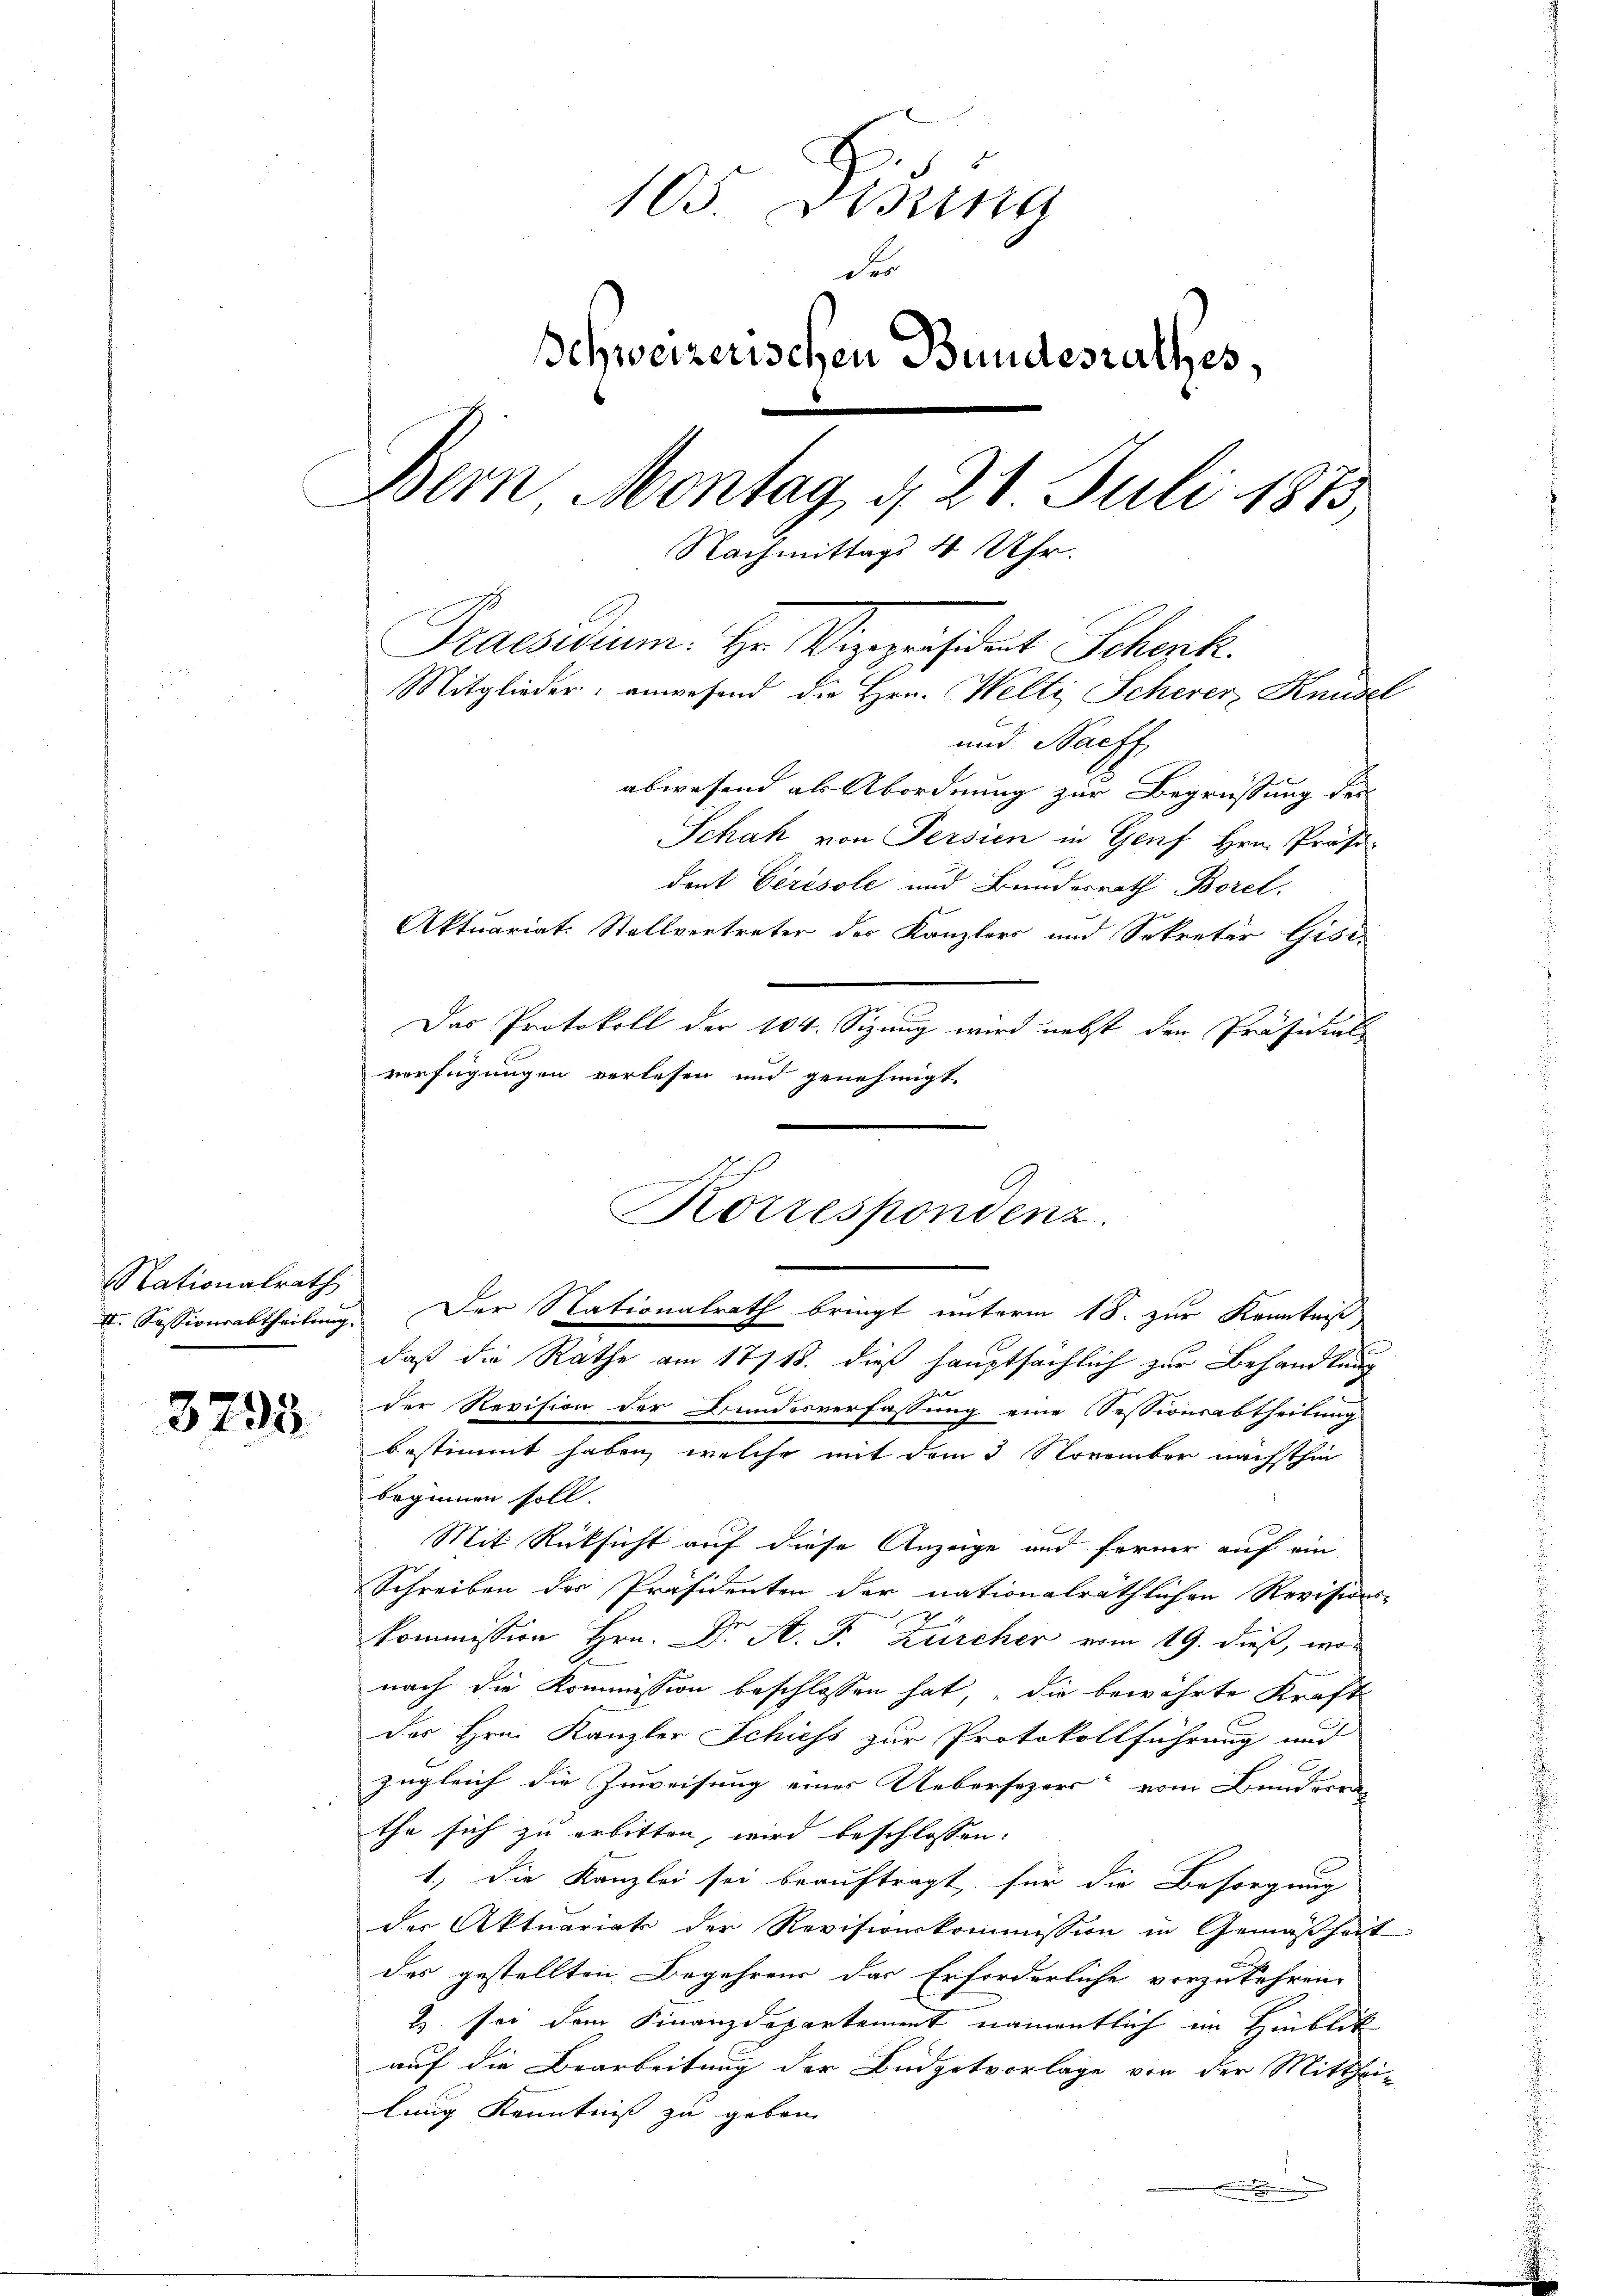
Nationalrath
II. Sessionsabtheilung.

3293

e
105 Ding
D
Schweizerischen Bundesrathes,
Bern Montag, d. 21 Juli 1873
Nachmittags 4 Uhr.
Praesidium. Hr. Vizepräsident Schenk.
Mitglieder: anwesend die Hrn. Welti, Scherer, Knüsel
und Nachf
abwesend als Abordnung zur Begrüssung des

Schah von Persien in Genf Hrn. Präsident Cerésole und Bundesrath Borel
Aktuariat. Stellvertreter des Kanzlers und Sekretär Gisi-
Das Protokoll der 104. Sizung wird nebst den Präsidial-
verfügungen verlesen und genehmigt
daß die Rathe am 17718. dieß hauptsächlich zur Behandlung
der Revision der Bundesverfassung eine Sessionsabtheilungs
bestimmt haben, welche mit dem 3 November nächsthin
beginnen soll.
Mit Rücksicht auf diese Anzeige und ferner auf ein
Schreiben des Präsidenten der nationalräthlichen Revisions-
g
kommission Hrn. Dr. A. F. Zürcher vom 19. dieß, wor
nach die Kommission beschlossen hat, die bewährte Kraft
des Hrn. Kanzler Schiess zur Protokollführung und
zugleich die Zuweisung eines Uebersezers vom Bunderra
the sich zu arbitten, wird beschlossen:
1.) Die Kanzlei sei beauftragt, für die Besorgung
der Aktuariats der Revisionskommission in Gemäßheit
x
des gestellten Begehrens das Erforderliche vorzukehren
2 sei dem Finanzdepartement namentlich ein Hinblik
auf die Bearbeitung der Büdgetvorlage von der Mitthei-
lung Kenntnis zu geben.
.

Korrespondenz.
u
Der Nationalrath bringt unterm 18. zur Kenntniß